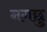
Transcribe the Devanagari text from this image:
नगछु